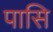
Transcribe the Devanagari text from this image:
पासि